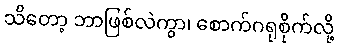
သိတော့ ဘာဖြစ်လဲကွာ၊ စောက်ဂရုစိုက်လို့